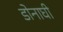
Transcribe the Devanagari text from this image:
डोनाघी